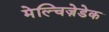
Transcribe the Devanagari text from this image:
मेल्चिज़ेडेक